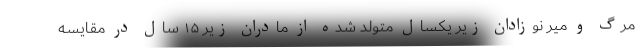
مرگ و میر نوزادان زیر یکسال متولد شده از مادران زیر ۱۵ سال در مقایسه